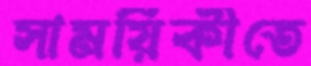
সাময়িকীতে